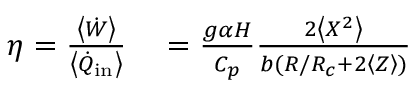
\begin{array} { r l } { \eta = \frac { \left< \dot { W } \right> } { \left< \dot { Q } _ { \mathrm { i n } } \right> } } & { { } = { \frac { g \alpha H } { C _ { p } } \frac { 2 \left< X ^ { 2 } \right> } { b ( R / R _ { c } + 2 \left< Z \right> ) } } } \end{array}